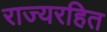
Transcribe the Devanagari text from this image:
राज्यरहित